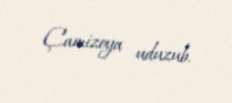
Çamizoya uduzub.